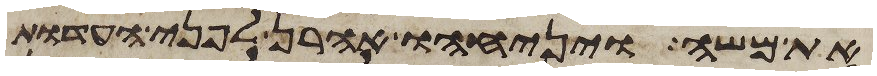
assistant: את משה ויניחהו אהרן לפני העדות